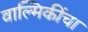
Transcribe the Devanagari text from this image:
वाल्मिकींचा